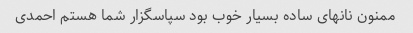
ممنون نانهای ساده بسیار خوب بود سپاسگزار شما هستم احمدی